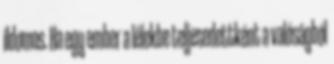
ildomos. Ha egy ember a lélekbe teljesedettként a valóságból